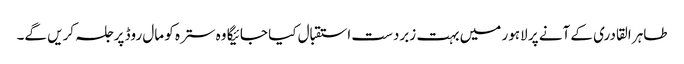
طاہر القادری کے آنے پر لاہور میں بہت زبردست استقبال کیا جائیگا وہ سترہ کو مال روڈ پر جلسہ کریں گے۔